Report on vaccination North-West Frontier Province 1904-1922 - 1904-1922
Year: 1904
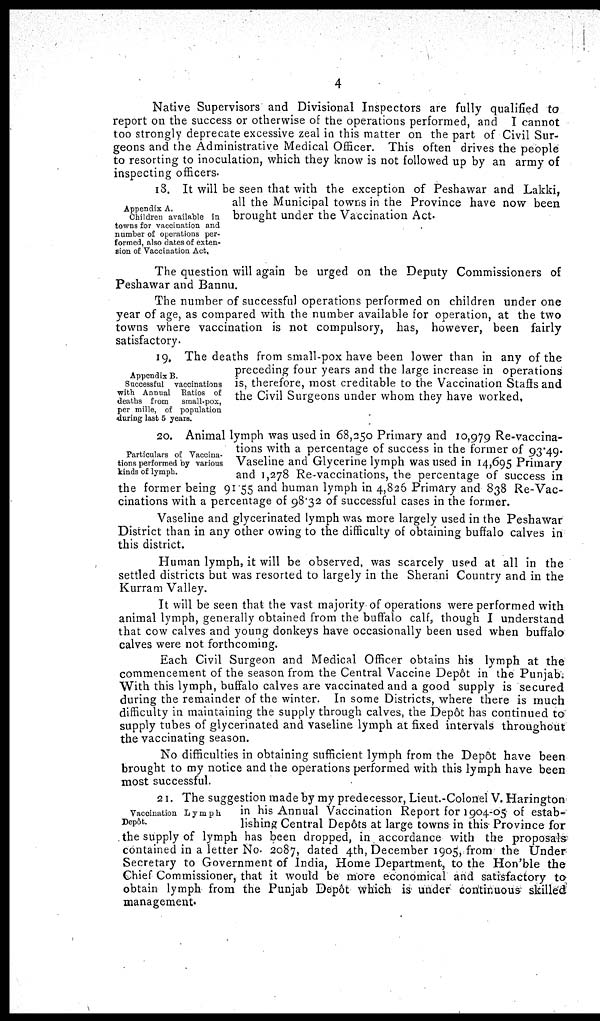
4
Native Supervisors and Divisional Inspectors are fully qualified to
report on the success or otherwise of the operations performed, and I cannot
too strongly deprecate excessive zeal in this matter on the part of Civil Sur-
geons and the Administrative Medical Officer. This often drives the people
to resorting to inoculation, which they know is not followed up by an army of
inspecting officers.
Appendix A.
Children available in
towns for vaccination and
number of operations per-
formed, also dates of exten-
sion of Vaccination Act.
18. It will be seen that with the exception of Peshawar and Lakki,
all the Municipal towns in the Province have now been
brought under the Vaccination Act.
The question will again be urged on the Deputy Commissioners of
Peshawar and Bannu.
The number of successful operations performed on children under one
year of age, as compared with the number available for operation, at the two
towns where vaccination is not compulsory, has, however, been fairly
satisfactory.
Appendix B.
Successful vaccinations
with Annual Ratios of
deaths from
small-pox,
per mille, of population
during last 5 years.
19. The deaths from small-pox have been lower than in any of the
preceding four years and the large increase in operations
is, therefore, most creditable to the Vaccination Staffs and
the Civil Surgeons under whom they have worked,
Particulars of Vaccina-
tions performed by various
kinds of lymph.
20. Animal lymph was used in 68,250 Primary and 10,979 Re-vaccina-
tions with a percentage of success in the former of 93.49.
Vaseline and Glycerine lymph was used in 14,695 Primary
and 1,278 Re-vaccinations, the percentage of success in
the former being 91.55 and human lymph in 4,826 Primary and 838 Re-Vac-
cinations with a percentage of 98.32 of successful cases in the former.
Vaseline and glycerinated lymph was more largely used in the Peshawar
District than in any other owing to the difficulty of obtaining buffalo calves in
this district.
Human lymph, it will be observed, was scarcely used at all in the
settled districts but was resorted to largely in the Sherani Country and in the
Kurram Valley.
It will be seen that the vast majority of operations were performed with
animal lymph, generally obtained from the buffalo calf, though I understand
that cow calves and young donkeys have occasionally been used when buffalo
calves were not forthcoming.
Each Civil Surgeon and Medical Officer obtains his lymph at the
commencement of the season from the Central Vaccine Depôt in the Punjab.
With this lymph, buffalo calves are vaccinated and a good supply is secured
during the remainder of the winter. In some Districts, where there is much
difficulty in maintaining the supply through calves, the Depôt has continued to
supply tubes of glycerinated and vaseline lymph at fixed intervals throughout
the vaccinating season.
No difficulties in obtaining sufficient lymph from the Depôt have been
brought to my notice and the operations performed with this lymph have been
most successful.
Vaccination Lymph
Depôt.
21. The suggestion made by my predecessor, Lieut.-Colonel V. Harington
in his Annual Vaccination Report for 1904-05 of estab-
lishing Central Depôts at large towns in this Province for
the supply of lymph has been dropped, in accordance with the proposals
contained in a letter No. 2087, dated 4th, December 1905, from the Under
Secretary to Government of India, Home Department, to the Hon'ble the
Chief Commissioner, that it would be more economical and satisfactory to
obtain lymph from the Punjab Depôt which is under continuous skilled
management.